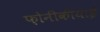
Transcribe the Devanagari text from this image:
फ़ोनीकीयाई